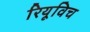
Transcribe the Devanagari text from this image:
रियूविच